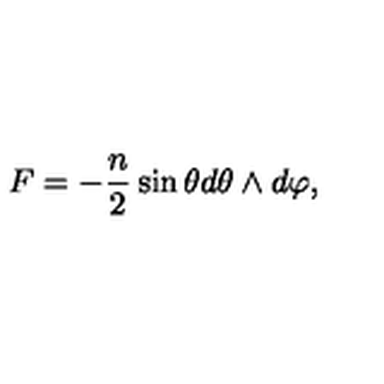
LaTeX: F = - { \frac { n } { 2 } } \sin \theta d \theta \wedge d \varphi ,